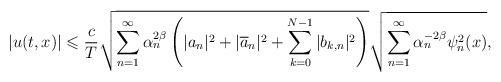
LaTeX: \begin{align*}|u(t,x)|\leqslant\frac{c}{T}\sqrt{\sum_{n=1}^{\infty}\alpha_n^{2\beta}\left(|a_n|^2+|\overline{a}_n|^2+\sum_{k=0}^{N-1}|b_{k,n}|^2\right)}\sqrt{\sum_{n=1}^{\infty}\alpha_n^{-2\beta}\psi_n^2(x)},\end{align*}